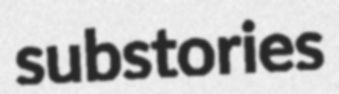
substories